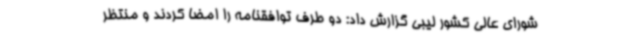
شورای عالی کشور لیبی گزارش داد: دو طرف توافقنامه را امضا کردند و منتظر